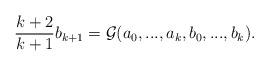
LaTeX: \begin{align*} \frac{k+2}{k+1}b_{k+1}=\mathcal{G}(a_{0},...,a_{k},b_{0},...,b_{k}).\end{align*}